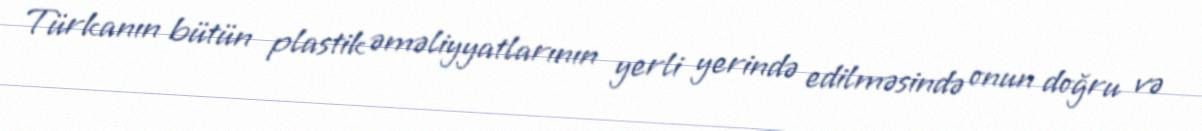
Türkanın bütün plastik əməliyyatlarının yerli yerində edilməsində onun doğru və